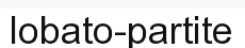
lobato-partite